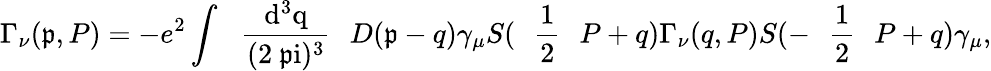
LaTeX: \Gamma_{\nu}(\mathfrak{p},P)=-e^{2}\int\mathrm{{~\, ~\frac{{d^{3}q}}{{(2\ \mathfrak{p}i)^{3}}}~\, ~}}D(\mathfrak{p}-q)\gamma_{\mu}S(\mathrm{{~\, ~\frac{{1}}{{2}}~\, ~}}P+q)\Gamma_{\nu}(q,P)S(-\mathrm{{~\, ~\frac{{1}}{{2}}~\, ~}}P+q)\gamma_{\mu},